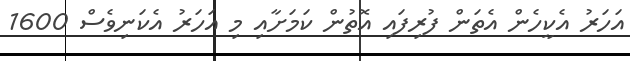
އަހަރު އެކީހެން އެތަން ފުރިފައި އޮތުން ކަމަށާއި މި އަހަރު އެކަނިވެސް 1600